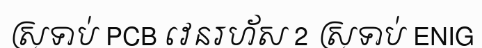
ស្រទាប់ PCB វេនរហ័ស 2 ស្រទាប់ ENIG